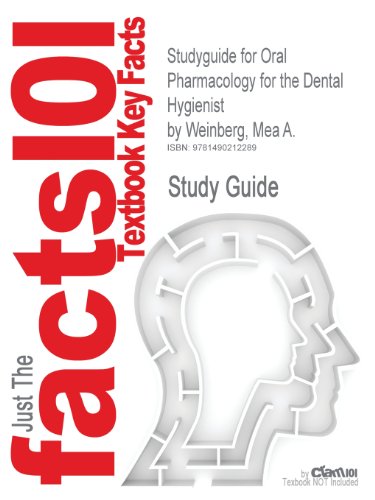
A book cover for Studyguide for Oral Pharmacology for the Dental Hygienist by Weinberg, Mea A.; Cram101 Textbook Reviews; Medical Books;